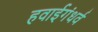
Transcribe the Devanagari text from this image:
हवाईगंधर्व